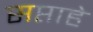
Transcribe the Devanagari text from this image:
सप्ताहे